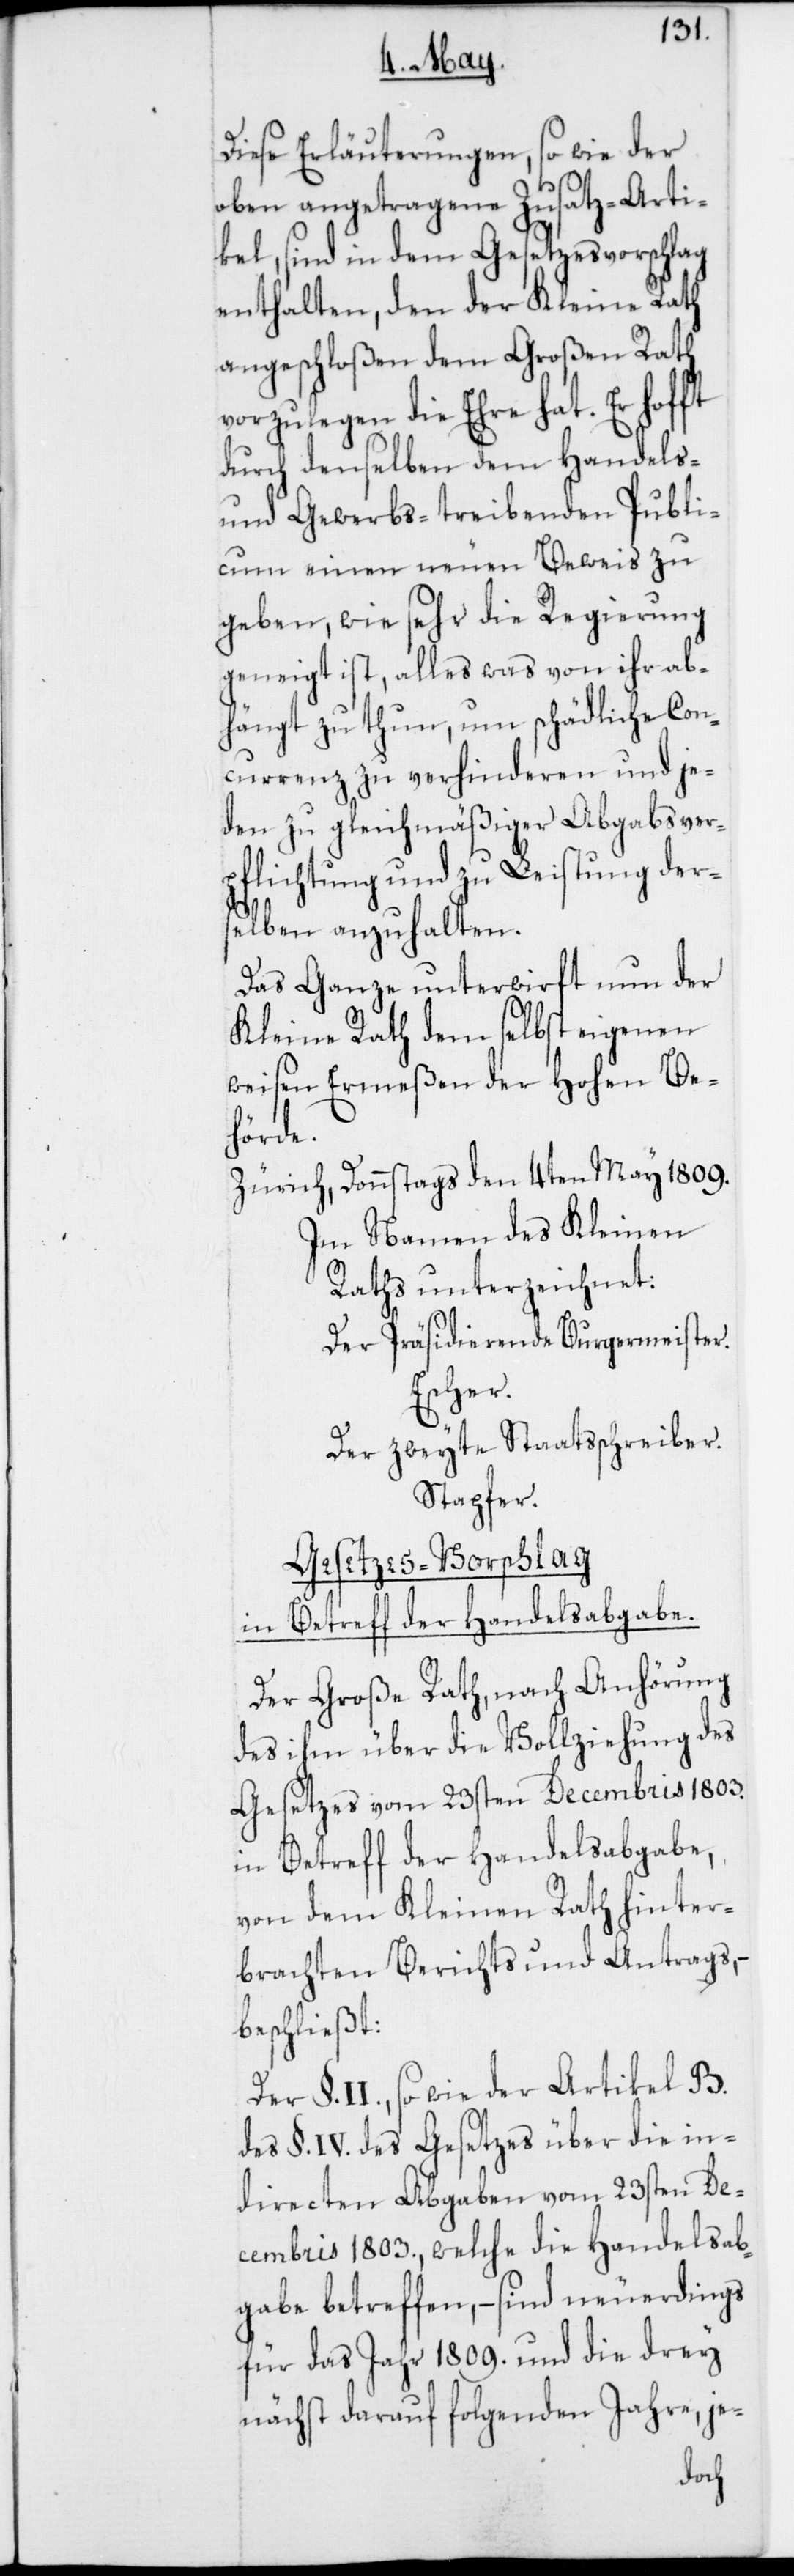
Diese Erläuterungen, sowie der
oben angetragene Zusatz-Arti¬
kel, sind in dem Gesetzesvorschlag
enthalten, den der Kleine Rath
angeschloßen dem Großen Rath
vorzulegen die Ehre hat. Er hofft
durch denselben dem Handels-
und Gewerbs-treibenden Publi¬
cum einen neuen Beweis zu
geben, wie sehr die Regierung
geneigt ist, alles was von ihr ab¬
hängt zu thun, um schädliche Con¬
currenz zu verhinderen und je¬
den zu gleichmäßiger Abgabsver¬
pflichtung und zu Leistung der¬
selben anzuhalten.
Das Ganze unterwirft nun der
Kleine Rath dem selbst eigenen
weisen Ermeßen der Hohen Be¬
hörde.
Zürich, Donnstags den 4ten May 1809.
Im Namen des Kleinen
Raths unterzeichnet:
Der Präsidierende Burgermeister.
Escher.
Der zweyte Staatsschreiber.
Stapfer.
Gesetzes-Vorschlag
in Betreff der Handelsabgabe.
Der Große Rath, nach Anhörung
des ihm über die Vollziehung des
Gesetzes vom 23sten Decembris 1803.
in Betreff der Handelsabgabe,
von dem Kleinen Rath hinter¬
brachten Berichts und Antrags,
beschließt:
Der §. II., sowie der Artikel B.
des §. IV. des Gesetzes über die in¬
directen Abgaben vom 23sten De¬
cembris 1803., welche die Handelsab¬
gabe betreffen, – sind neuerdings
für das Jahr 1809. und die drey
nächst darauf folgenden Jahre, je-